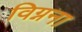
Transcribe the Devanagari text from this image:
विग्नना